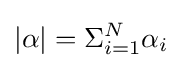
|\alpha |=\Sigma _{i=1}^{N}\alpha _{i}